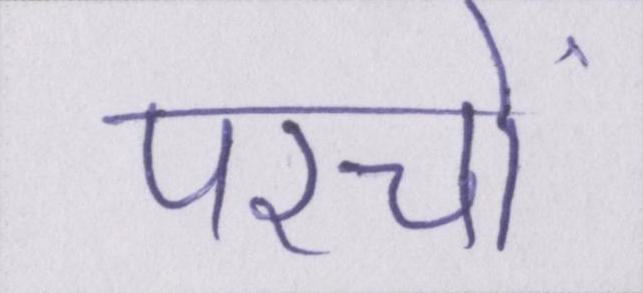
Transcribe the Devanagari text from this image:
परचों